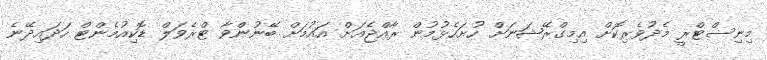
މިނިސްޓްރީ މެދުވެރިކޮށް އިމިގްރޭޝަނަށް ހުށަހެޅުމުން ރާއްޖެއަށް އައުމަށް ބޭނުންވާ ޓްރެވަލް ޑޮކިއުމެންޓް ހަދައިދޭނެ